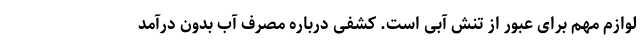
لوازم مهم برای عبور از تنش آبی است. کشفی درباره مصرف آب بدون درآمد